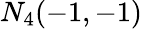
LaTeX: N_{4}(-1,-1)